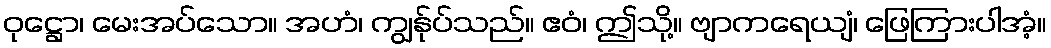
ဝုဋ္ဌော၊ မေးအပ်သော။ အဟံ၊ ကျွန်ုပ်သည်။ ဧဝံ၊ ဤသို့။ ဗျာကရေယျံ၊ ဖြေကြားပါအံ့။